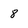
Character: 8